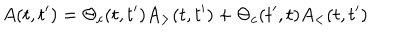
A ( t , t ^ { \prime } ) = \Theta _ { c } ( t , t ^ { \prime } ) A _ { > } ( t , t ^ { \prime } ) + \Theta _ { c } ( t ^ { \prime } , t ) A _ { < } ( t , t ^ { \prime } )